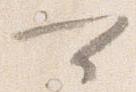
可